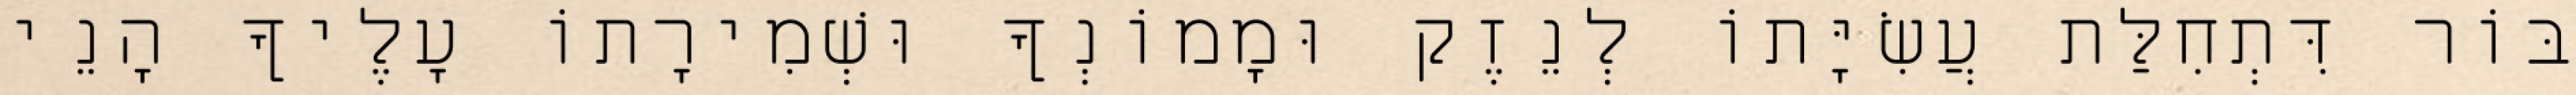
בּוֹר דִּתְחִלַּת עֲשִׂיָּתוֹ לְנֵזֶק וּמָמוֹנְךָ וּשְׁמִירָתוֹ עָלֶיךָ הָנֵי